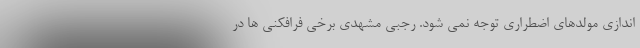
اندازی مولدهای اضطراری توجه نمی شود. رجبی مشهدی برخی فرافکنی ها در